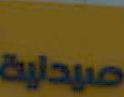
صيداية